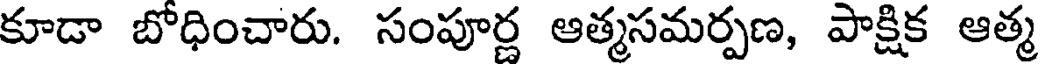
కూడా బోధించారు. సంపూర్ణ ఆత్మసమర్పణ, పాక్షిక ఆత్మ